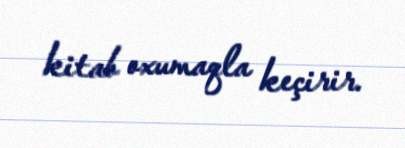
kitab oxumaqla keçirir.